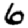
Digit: 6